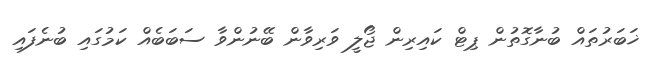
ޚަބަރުތައް ބުނާގޮތުން ޕިޓް ކައިރިން ޖޯލީ ވަރިވާން ބޭނުންވާ ސަބަބެއް ކަމުގައި ބުނެފައި